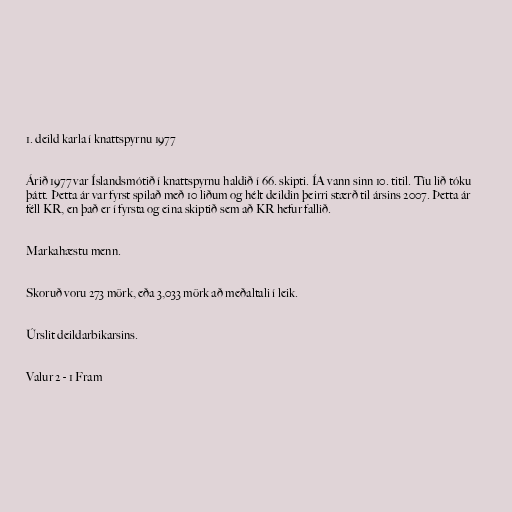
1. deild karla í knattspyrnu 1977

Árið 1977 var Íslandsmótið í knattspyrnu haldið í 66. skipti. ÍA vann sinn 10. titil. Tíu lið tóku
þátt. Þetta ár var fyrst spilað með 10 liðum og hélt deildin þeirri stærð til ársins 2007. Þetta ár
féll KR, en það er í fyrsta og eina skiptið sem að KR hefur fallið.

Markahæstu menn.

Skoruð voru 273 mörk, eða 3,033 mörk að meðaltali í leik.

Úrslit deildarbikarsins.

Valur 2 - 1 Fram